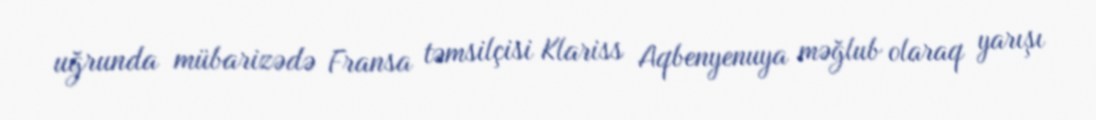
uğrunda mübarizədə Fransa təmsilçisi Klariss Aqbenyenuya məğlub olaraq yarışı